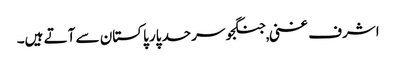
اشرف غنی ,جنگجو سرحد پار پاکستان سے آتے ہیں۔